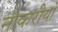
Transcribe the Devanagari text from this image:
नौकरीयो